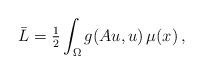
LaTeX: \begin{align*}\bar L = \tfrac{1}{2}\int_\Omega g(Au,u) \, \mu(x) \,,\end{align*}